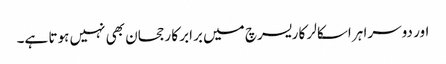
اور دوسرا ہر اسکالر کا ریسرچ میں برابر کا رجحان بھی نہیں ہوتا ہے۔